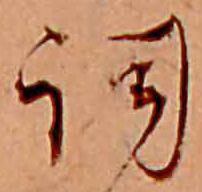
詞